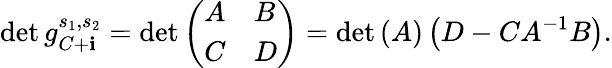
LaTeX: \operatorname*{det}g_{C+\mathbf{i}}^{s_{1},s_{2}}=\operatorname*{det}\left(\begin{array}{ll}{A}&{B}\\ {C}&{D}\end{array}\right)=\operatorname*{det}\left(A\right)\left(D-CA^{-1}B\right).